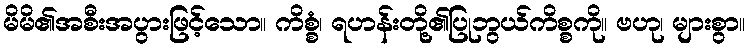
မိမိ၏အစီးအပွားဖြင့်သော။ ကိစ္စံ၊ ရဟန်းတို့၏ပြုဘွယ်ကိစ္စကို။ ဗဟု၊ များစွာ။